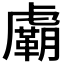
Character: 𧈉